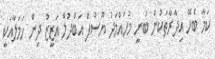
ކަމާ ބެހޭ އިދާރާތަކުން ބުނީ މުހައްމަދު ޔޫސުފް އަބްދުލް އަޒީޒު ދިން ހަމަލާއަކީ